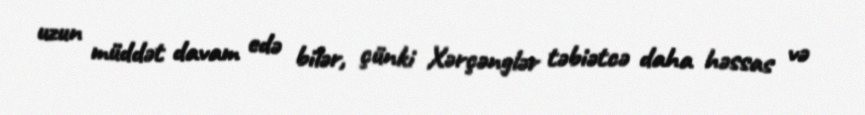
uzun müddət davam edə bilər, çünki Xərçənglər təbiətcə daha həssas və